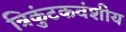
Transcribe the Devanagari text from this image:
त्रिकुंटकवंशीय